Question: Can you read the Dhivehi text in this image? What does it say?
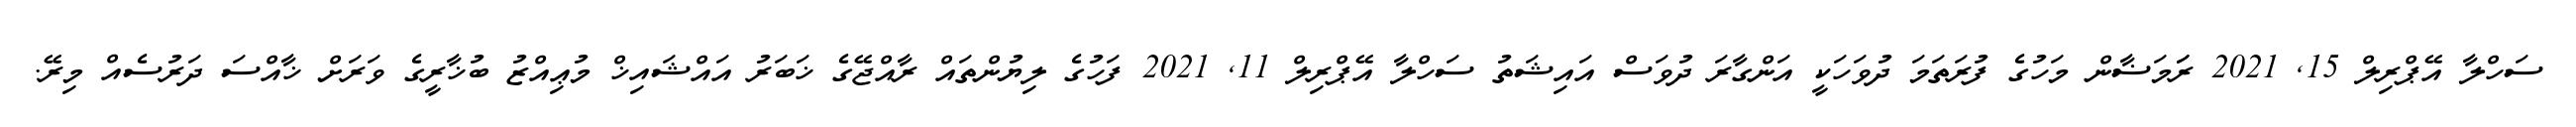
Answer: ސަހްލާ އޭޕްރިލް 15, 2021 ރަަމަޟާން މަހުގެ ފުރަތަމަ ދުވަހަކީ އަންގާރަ ދުވަސް އައިޝަތު ސަހްލާ އޭޕްރިލް 11, 2021 ފަހުގެ ލިޔުންތައް ރާއްޖޭގެ ޚަބަރު އައްޝައިޚް މުޢިއްޒު ބުޚާރީގެ ވަރަށް ޚާއްސަ ދަރުސެއް މިރޭ.